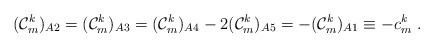
\begin{align*} ({\cal C}^k_m)_{A2} = ({\cal C}^k_m)_{A3} = ({\cal C}^k_m)_{A4} -2 ({\cal C}^k_m)_{A5} = -({\cal C}^k_m)_{A1} \equiv -c^k_m\;.\end{align*}